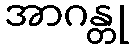
အာဂန္တု